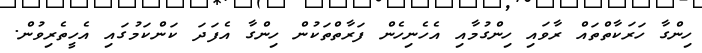
ހިންގާ ހަރަކާތްތައް ރާވައި ހިންގުމާއި އެހެނިހެން ފަރާތްތަކުން ހިންގާ އެފަދަ ކަންކަމުގައި އެހީތެރިވުން.